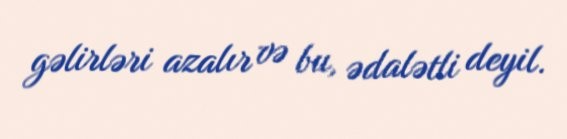
gəlirləri azalır və bu, ədalətli deyil.